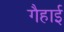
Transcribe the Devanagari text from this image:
गैहाई